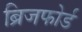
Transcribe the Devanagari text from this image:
ब्रिजफोर्ड